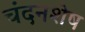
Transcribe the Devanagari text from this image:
चंदनशेष